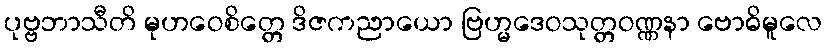
ပုဗ္ဗဘာသီတိ မုဟဝေစိတ္တေ ဒိဇကညာယော ဗြဟ္မဒေဝသုတ္တဝဏ္ဏနာ ဗောဓိမူလေ